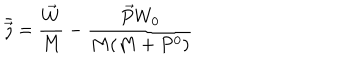
\bar { \vec { \jmath } } = \frac { \vec { W } } { M } - \frac { \vec { P } W _ { 0 } } { M ( M + P ^ { 0 } ) }